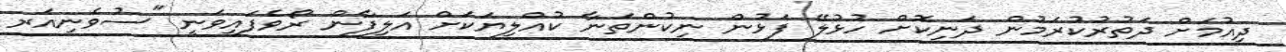
ދިއުމަށް ދަތުރުކުރަމުން ދަނިކޮށް ހުޅުލޭ ފަޅުން ނިކުންތަނާ ކުއްލިޔަކަށް އަލިފާން ރޯވެފައިވަނީ "ސުވެނިއަރ